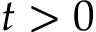
t > 0